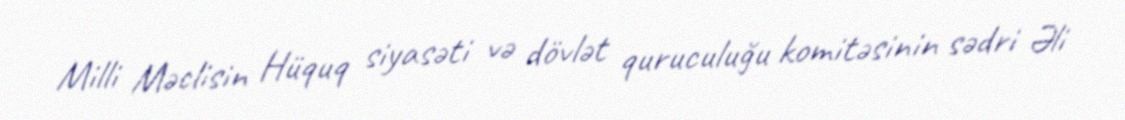
Milli Məclisin Hüquq siyasəti və dövlət quruculuğu komitəsinin sədri Əli